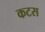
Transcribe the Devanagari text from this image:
कटस